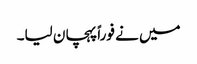
میں نے فوراً پہچان لیا۔